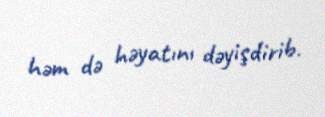
həm də həyatını dəyişdirib.